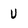
Character: U